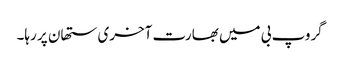
گروپ بی میں بھارت آخری ستھان پر رہا۔